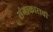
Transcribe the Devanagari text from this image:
संगाकाराची